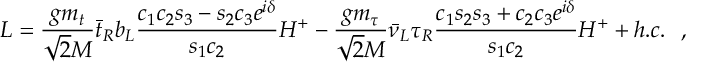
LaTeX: { \cal L } = \frac { g m _ { t } } { \sqrt { 2 } M } { \bar { t } } _ { R } b _ { L } \frac { c _ { 1 } c _ { 2 } s _ { 3 } - s _ { 2 } c _ { 3 } e ^ { i \delta } } { s _ { 1 } c _ { 2 } } H ^ { + } - \frac { g m _ { \tau } } { \sqrt { 2 } M } { \bar { \nu } } _ { L } \tau _ { R } \frac { c _ { 1 } s _ { 2 } s _ { 3 } + c _ { 2 } c _ { 3 } e ^ { i \delta } } { s _ { 1 } c _ { 2 } } H ^ { + } + h . c . ~ ~ ,